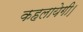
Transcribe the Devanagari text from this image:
कहलायेगी।